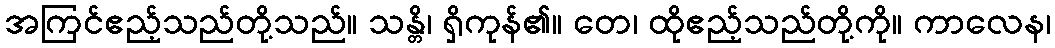
အကြင်ဧည့်သည်တို့သည်။ သန္တိ၊ ရှိကုန်၏။ တေ၊ ထိုဧည့်သည်တို့ကို။ ကာလေန၊